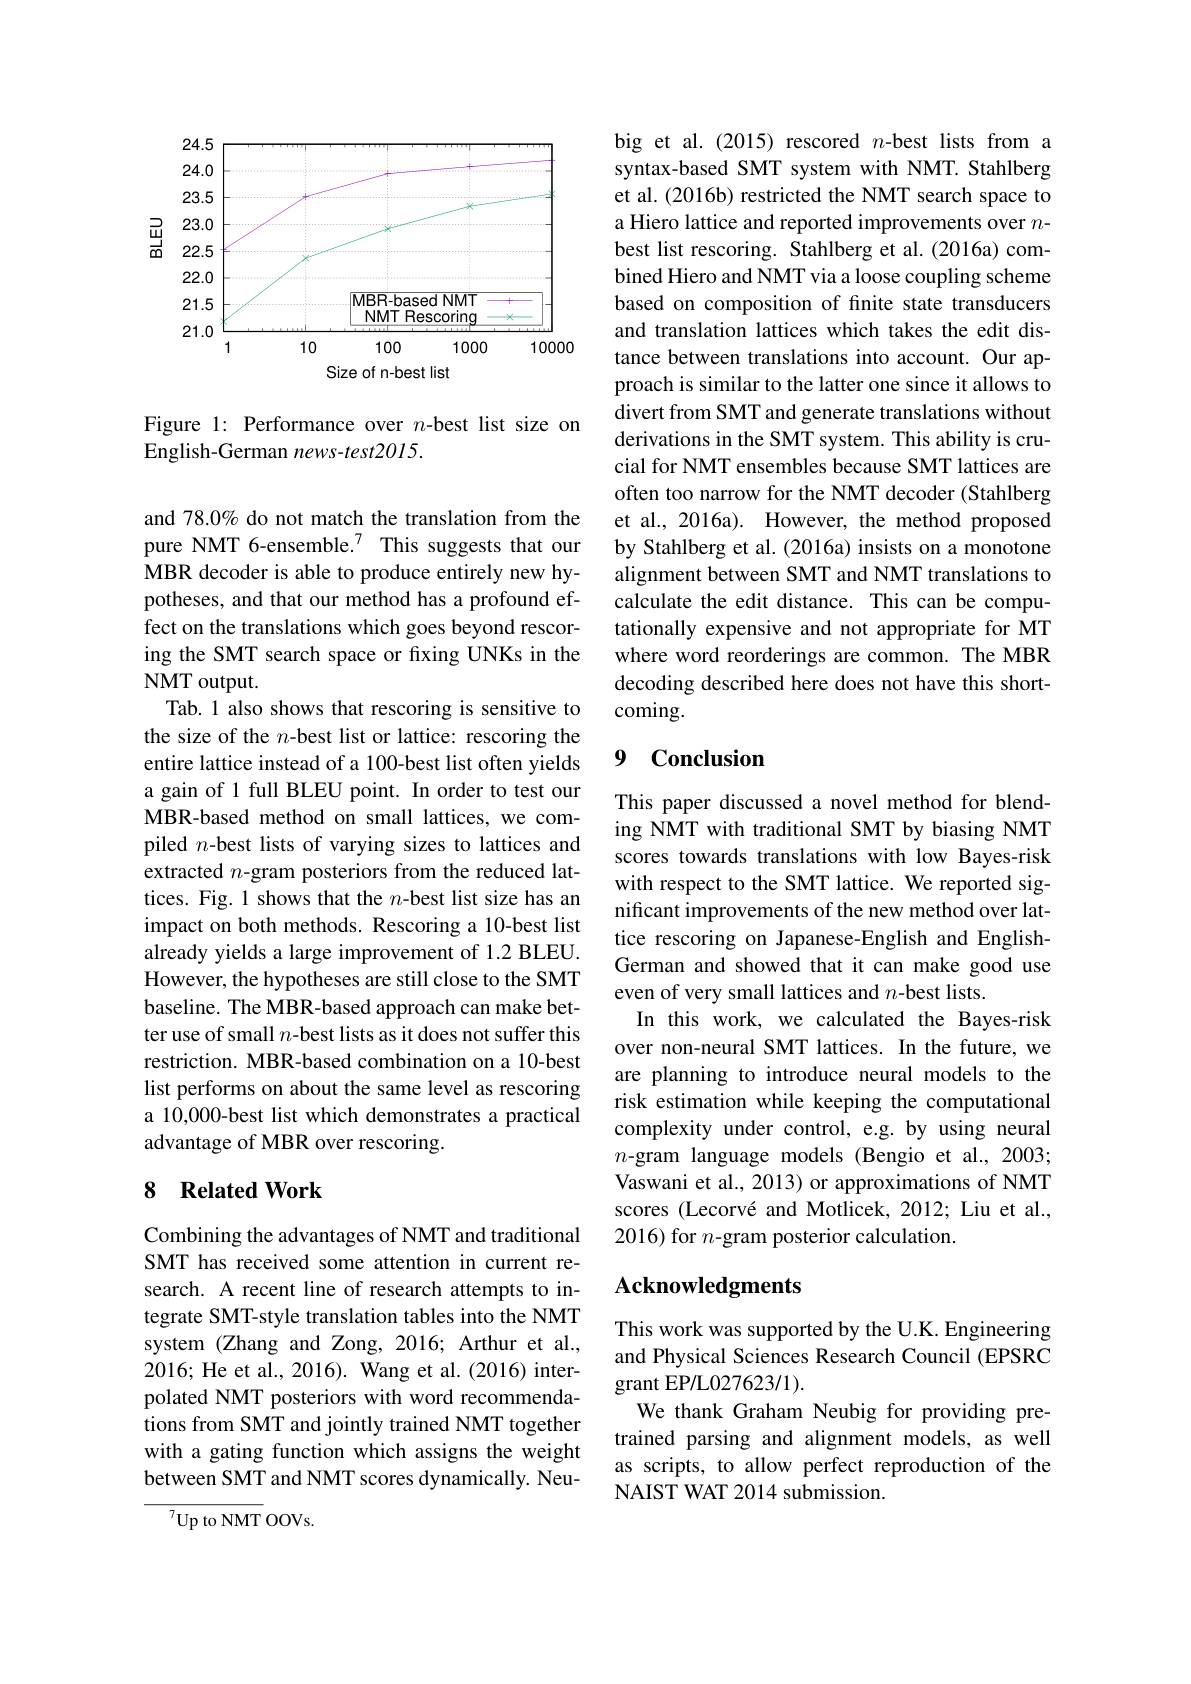
<FigureHere>

Figure 1: Performance over $n$-best list size on
English-German news-test2015.

and 78.0% do not match the translation from the MBR decoder is able to produce entirely new hypotheses, and that our method has a profound effect on the translations which goes beyond rescoring the SMT search space or fxing UNKs in the NMT output.
Tab.1 also shows that rescoring is sensitive to the size of the $n$-best list or lattice: rescoring the entire lattice instead of a 100-best list often yields a gain of 1 full BLEU point. In order to test our MBR-based method on small lattices, we compiled $n$-best lists of varying sizes to lattices and extracted $n$-gram posteriors from the reduced lattices. Fig. 1 shows that the $n$-best list size has an impact on both methods. Rescoring a 10-best list already yields a large improvement of 1.2 BLEU. However, the hypotheses are still close to the SMT baseline. The MBR-based approach can make better use of small $n$-best lists as it does not suffer this restriction. MBR-based combination on a 10-best list performs on about the same level as rescoring a 10,000-best list which demonstrates a practical advantage of MBR over rescoring.

## 8 Related Work

Combining the advantages of NMT and traditional SMT has received some attention in current research. A recent line of research attempts to integrate SMT-style translation tables into the NMT system (Zhang and Zong, 2016; Arthur et al., 2016; He et al., 2016). Wang et al. (2016) interpolated NMT posteriors with word recommendations from SMT and jointly trained NMT together with a gating function which assigns the weight between SMT and NMT scores dynamically. Neu-

$^{7}$Up to NMT OOVs.

big et al. (2015) rescored $n$-best lists from a syntax-based SMT system with NMT. Stahlberg et al. (2016b) restricted the NMT search space to a Hiero lattice and reported improvements over $n$- best list rescoring. Stahlberg et al.(2016a) combined Hiero and NMT via a loose coupling scheme based on composition of finite state transducers and translation lattices which takes the edit distance between translations into account. Our approach is similar to the latter one since it allows to divert from SMT and generate translations without derivations in the SMT system. This ability is crucial for NMT ensembles because SMT lattices are often too narrow for the NMT decoder (Stahlberg et al., 2016a). However, the method proposed
pure NMT 6-ensemble.$^{7}$ This suggests that our by Stahlberg et al.(2016a) insists on a monotone
alignment between SMT and NMT translations to calculate the edit distance. This can be computationally expensive and not appropriate for MT where word reorderings are common. The MBR decoding described here does not have this shortcoming.

### $\textbf{9}\textbf{Conclusion}$

This paper discussed a novel method for blending NMT with traditional SMT by biasing NMT scores towards translations with low Bayes-risk with respect to the SMT lattice. We reported significant improvements of the new method over lattice rescoring on Japanese-English and EnglishGerman and showed that it can make good use even of very small lattices and $n$-best lists.
In this work, we calculated the Bayes-risk over non-neural SMT lattices. In the future, we are planning to introduce neural models to the risk estimation while keeping the computational complexity under control, e.g. by using neural $n$-gram language models (Bengio et al.,2003; Vaswani et al., 2013) or approximations of NMT scores (Lecorvé and Motlicek, 2012; Liu et al., 2016) for $n$-gram posterior calculation.

## Acknowledgments

This work was supported by the U.K. Engineering and Physical Sciences Research Council (EPSRC grant EP/L027623/1).
We thank Graham Neubig for providing pretrained parsing and alignment models, as well as scripts, to allow perfect reproduction of the NAIST WAT 2014 submission.